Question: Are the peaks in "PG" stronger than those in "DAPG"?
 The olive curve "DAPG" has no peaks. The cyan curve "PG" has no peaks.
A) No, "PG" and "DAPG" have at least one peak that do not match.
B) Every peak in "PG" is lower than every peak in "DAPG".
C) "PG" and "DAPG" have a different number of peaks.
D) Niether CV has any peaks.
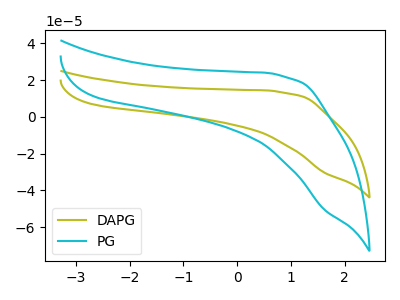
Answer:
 <answer>D) Niether CV has any peaks.</answer>
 <eval>D</eval>